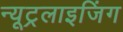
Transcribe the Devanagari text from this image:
न्यूट्रलाइजिंग